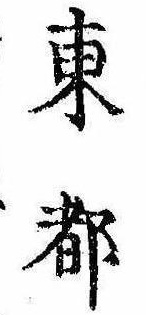
東都